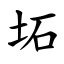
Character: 坧